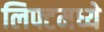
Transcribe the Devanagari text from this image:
लिफ्टमध्ये